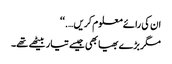
ان کی رائے معلوم کریں….‘‘
مگر بڑے بھیا بھی جیسے تیار بیٹھے تھے۔